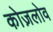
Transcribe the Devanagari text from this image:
कोज़लोव